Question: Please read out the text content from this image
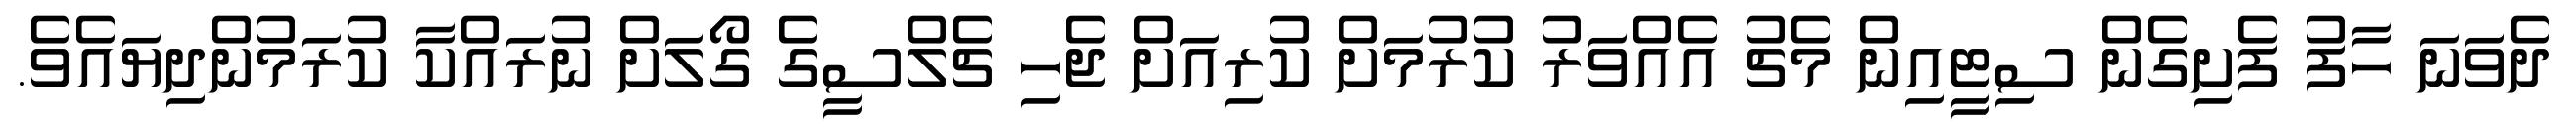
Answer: ދެވަނަ ހާފު ފެށިގެން ސިޓީއިން މެޗު އެއްވަރު ކުރުމަށް ކުރިއަށް ޖެހި ޗެލްސީގެ ގޯލަށް ނުރައްކާ ކުރަމުންދިޔައެވެ.